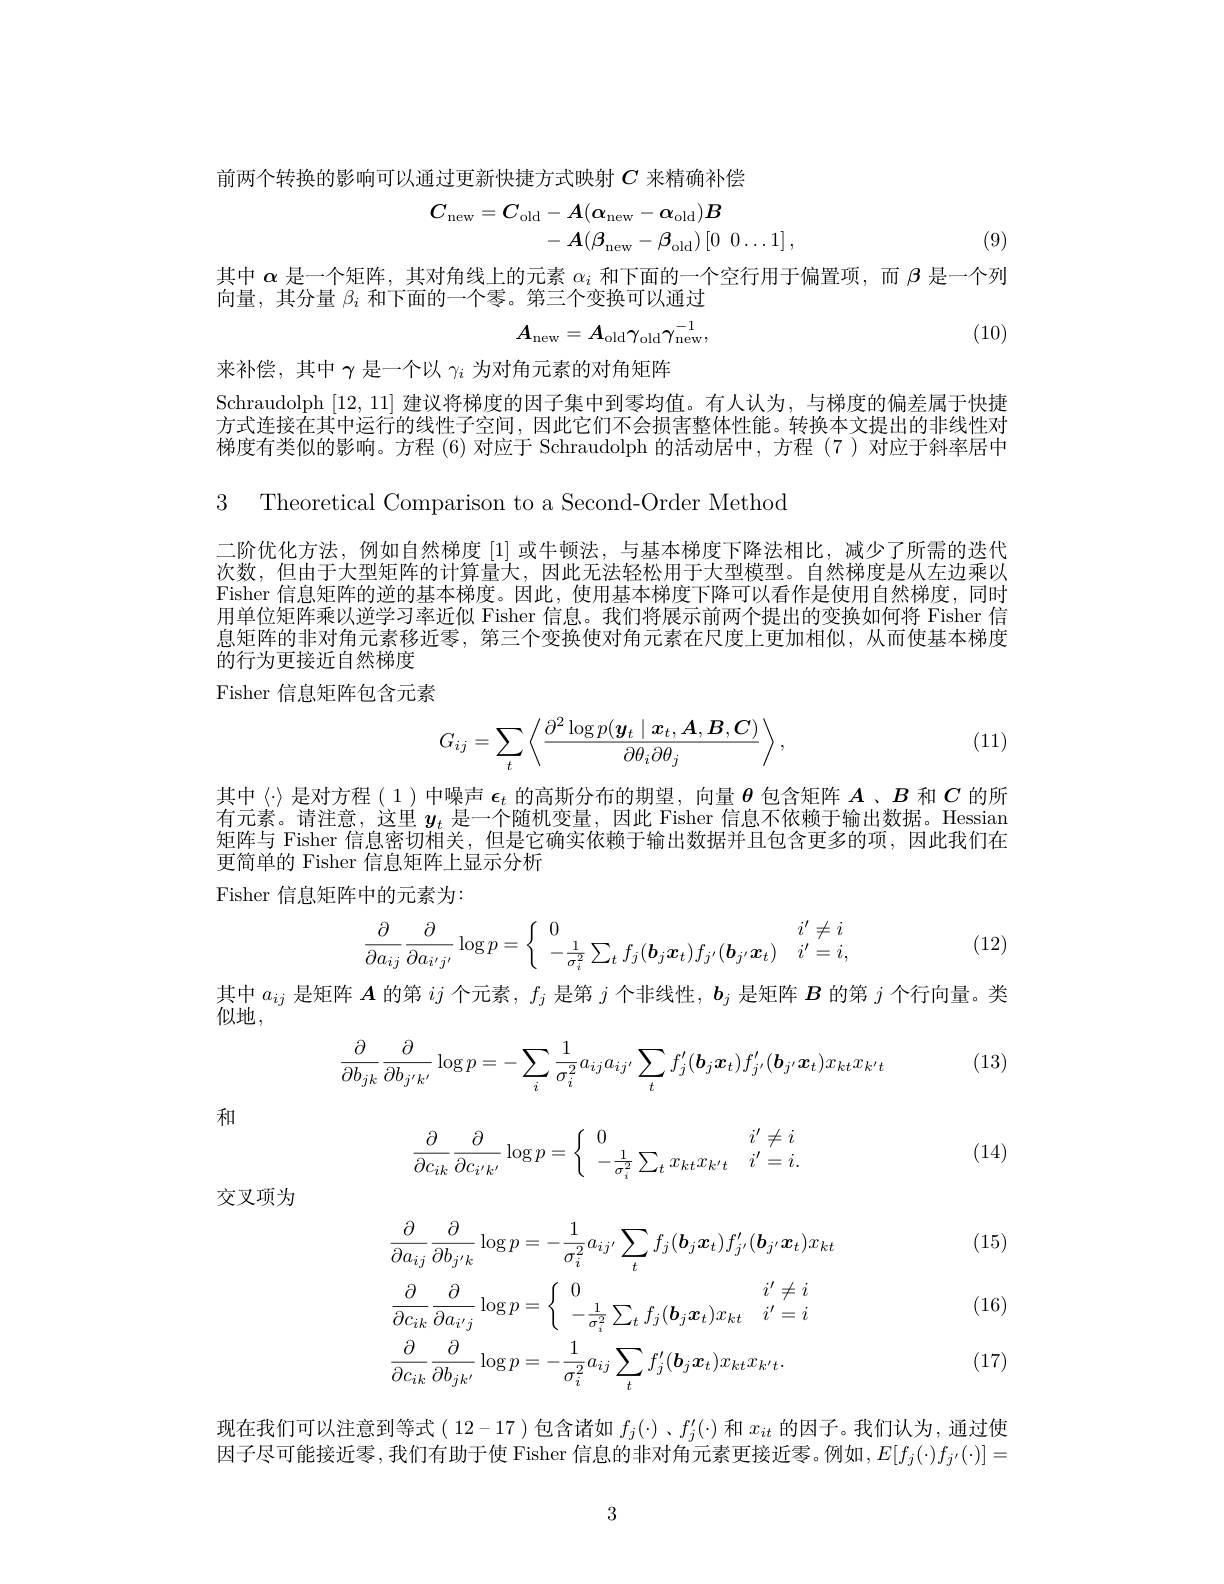
前两个转换的影响可以通过更新快捷方式映射$C$来精确补偿
$$\begin{aligned}C_{\mathrm{new}}&=C_{\mathrm{old}}-A(\alpha_{\mathrm{new}}-\alpha_{\mathrm{old}})B\\&-\:A(\beta_{\mathrm{new}}-\beta_{\mathrm{old}})\:[0\:0\ldots1]\:,\end{aligned}$$
(9)

其中$\alpha$是一个矩阵，其对角线上的元素$\alpha_i$和下面的一个空行用于偏置项，而$\beta$是一个列
向量，其分量$\beta_i$和下面的一个零。第三个变换可以通过

(10)
$$A_\mathrm{new}=A_\mathrm{old}\gamma_\mathrm{old}\gamma_\mathrm{new}^{-1},$$
来补偿，其中$\gamma$是一个以$\gamma_i$为对角元素的对角矩阵
Schraudolph [12,11]建议将梯度的因子集中到零均值。有人认为，与梯度的偏差属于快捷方式连接在其中运行的线性子空间，因此它们不会损害整体性能。转换本文提出的非线性对梯度有类似的影响。方程 (6) 对应于 Schraudolph 的活动居中，方程 (7)对应于斜率居中

3 Theoretical Comparison to a Second-Order Method

二阶优化方法，例如自然梯度[1]或牛顿法，与基本梯度下降法相比，减少了所需的迭代次数，但由于大型矩阵的计算量大，因此无法轻松用于大型模型。自然梯度是从左边乘以Fisher 信息矩阵的逆的基本梯度。因此，使用基本梯度下降可以看作是使用自然梯度，同时用单位矩阵乘以逆学习率近似 Fisher 信息。我们将展示前两个提出的变换如何将 Fisher 信息矩阵的非对角元素移近零，第三个变换使对角元素在尺度上更加相似，从而使基本梯度的行为更接近自然梯度Fisher 信息矩阵包含元素

(11)
$$G_{ij}=\sum_{t}\left\langle\frac{\partial^2\log p(\boldsymbol{y}_t\mid\boldsymbol{x}_t,\boldsymbol{A},\boldsymbol{B},\boldsymbol{C})}{\partial\theta_i\partial\theta_j}\right\rangle,$$
其中《》是对方程(1)中噪声$\epsilon_t$的高斯分布的期望，向量$\theta$包含矩阵$A$、$B$和$C$的所百兀素。请汗意，这里$u$,是一个随机变量，因此 Fisher 信息人依赖十输出数据。Hessian 矩阵与 Fisher 信息密切相关，但是它确实依赖于输出数据并且包含更多的项，因此我们在更简单的 Fisher 信息矩阵上显示分析
Fisher 信息矩阵中的元素为：

(12)
$$\dfrac{\partial}{\partial a_{ij}}\dfrac{\partial}{\partial a_{i'j'}}\log p=\left\{\begin{array}{ll}0&i'\neq i\\-\dfrac{1}{\sigma_i^2}\sum_tf_j(\boldsymbol{b}_j\boldsymbol{x}_t)f_{j'}(\boldsymbol{b}_{j'}\boldsymbol{x}_t)&i'=i,\end{array}\right.$$
其中$a_ij$是矩阵$\boldsymbol A$的第$ij$个元素，$f_j$是第$j$个非线性，$\boldsymbol b_j$是矩阵$\boldsymbol B$的第$j$个行向量。类
$l$似地，
$$\begin{aligned}\frac{\partial}{\partial b_{jk}}\frac{\partial}{\partial b_{j'k'}}\log p=-\sum_{i}\frac{1}{\sigma_{i}^{2}}a_{ij}a_{ij'}\sum_{t}f_{j}'(\boldsymbol{b}_{j}\boldsymbol{x}_{t})f_{j'}'(\boldsymbol{b}_{j'}\boldsymbol{x}_{t})x_{kt}x_{k't}\end{aligned}$$
(13)

和
$$\frac{\partial}{\partial c_{ik}}\frac{\partial}{\partial c_{i'k'}}\log p=\left\{\begin{array}{ll}0&i'\neq i\\-\frac{1}{\sigma_i^2}\sum_tx_{kt}x_{k't}&i'=i.\end{array}\right.$$
(14)

交叉项为

(15)

$\begin{array}{l}{i}&{(16)}\\{i}&{(16)}\end{array}$
$$\left.\begin{aligned}&\frac{\partial}{\partial a_{ij}}\frac{\partial}{\partial b_{j^{\prime}k}}\log p=-\frac{1}{\sigma_{i}^{2}}a_{ij^{\prime}}\sum_{t}f_{j}(\boldsymbol{b}_{j}\boldsymbol{x}_{t})f_{j^{\prime}}^{\prime}(\boldsymbol{b}_{j^{\prime}}\boldsymbol{x}_{t})x_{kt}\\&\frac{\partial}{\partial c_{ik}}\frac{\partial}{\partial a_{i^{\prime}j}}\log p=\left\{\begin{array}{ll}{0}&{i^{\prime}\neq i}\\{-\frac{1}{\sigma_{i}^{2}}\sum_{t}f_{j}(\boldsymbol{b}_{j}\boldsymbol{x}_{t})x_{kt}}&{i^{\prime}=i}\end{array}\right.\\&\frac{\partial}{\partial c_{ik}}\frac{\partial}{\partial b_{jk^{\prime}}}\log p=-\frac{1}{\sigma_{i}^{2}}a_{ij}\sum_{t}f_{j}^{\prime}(\boldsymbol{b}_{j}\boldsymbol{x}_{t})x_{kt}x_{k^{\prime}t}.\end{aligned}\right.$$
(17)

现在我们可以注意到等式( 12-17 )包含诸如$f_j(\cdot)$ 、$f_j^{\prime}(\cdot)$和$x_{it}$的因子。我们认为，通过使因子尽可能接近零，我们有助于使 Fisher 信息的非对角元素更接近零。例如$,E[f_j(\cdot)f_{j^{\prime}}(\cdot)]=$

3